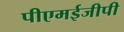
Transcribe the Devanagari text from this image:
पीएमईजीपी